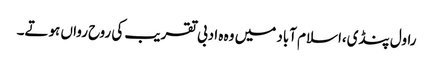
راول پنڈی،اسلام آباد میں وہ ہ ادبی تقریب کی روح رواں ہوتے۔